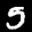
Label: 5